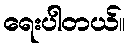
ရေးပါတယ်။